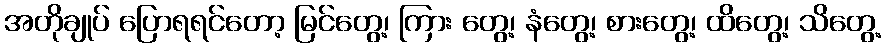
အတိုချုပ် ပြောရရင်တော့ မြင်တွေ့၊ ကြား တွေ့၊ နံတွေ့၊ စားတွေ့၊ ထိတွေ့၊ သိတွေ့